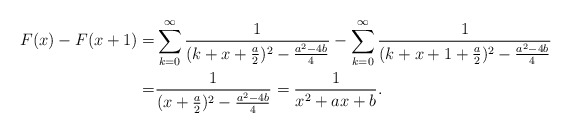
\begin{align*}F(x)-F(x+1)=&\sum_{k=0}^{\infty}\frac{1}{(k+x+\frac a2)^2-\frac{a^2-4b}{4}}-\sum_{k=0}^{\infty}\frac{1}{(k+x+1+\frac a2)^2-\frac{a^2-4b}{4}}\\=&\frac{1}{(x+\frac a2)^2-\frac{a^2-4b}{4}}=\frac{1}{x^2+a x+b}.\end{align*}